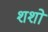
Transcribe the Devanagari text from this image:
शशो